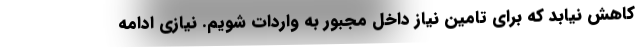
کاهش نیابد که برای تامین نیاز داخل مجبور به واردات شویم. نیازی ادامه